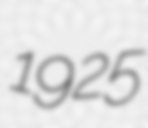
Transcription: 1925